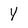
Character: y